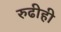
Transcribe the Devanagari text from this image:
रुढीही